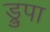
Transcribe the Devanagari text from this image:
ड्रुपा